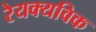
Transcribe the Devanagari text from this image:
रेयक्यविक